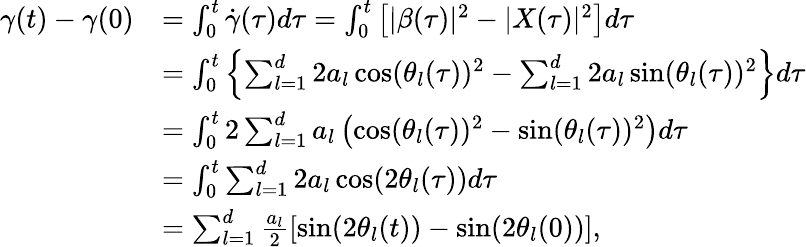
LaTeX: \begin{array}{rl}{\gamma(t)-\gamma(0)}&{=\int_{0}^{t}\dot{\gamma}(\tau)d\tau=\int_{0}^{t}\left[|\beta(\tau)|^{2}-|X(\tau)|^{2}\right]d\tau}\\ &{=\int_{0}^{t}\left\{ \sum_{l=1}^{d}2a_{l}\cos(\theta_{l}(\tau))^{2}-\sum_{l=1}^{d}2a_{l}\sin(\theta_{l}(\tau))^{2}\right\} d\tau}\\ &{=\int_{0}^{t}2\sum_{l=1}^{d}a_{l}\left(\cos(\theta_{l}(\tau))^{2}-\sin(\theta_{l}(\tau))^{2}\right)d\tau}\\ &{=\int_{0}^{t}\sum_{l=1}^{d}2a_{l}\cos(2\theta_{l}(\tau))d\tau}\\ &{=\sum_{l=1}^{d}\frac{a_{l}}{2}\left[\sin(2\theta_{l}(t))-\sin(2\theta_{l}(0))\right],}\end{array}